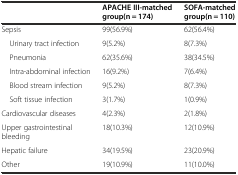
<table><thead><tr><td></td><td><b>APACHE III-matched</b></td><td><b>SOFA-matched</b></td></tr><tr><td></td><td><b>group (n = 174)</b></td><td><b>group (n = 110)</b></td></tr></thead><tbody><tr><td>Sepsis</td><td>99(56.9%)</td><td>62(56.4%)</td></tr><tr><td> Urinary tract infection</td><td>9(5.2%)</td><td>8(7.3%)</td></tr><tr><td> Pneumonia</td><td>62(35.6%)</td><td>38(34.5%)</td></tr><tr><td> Intra-abdominal infection</td><td>16(9.2%)</td><td>7(6.4%)</td></tr><tr><td> Blood stream infection</td><td>9(5.2%)</td><td>8(7.3%)</td></tr><tr><td> Soft tissue infection</td><td>3(1.7%)</td><td>1(0.9%)</td></tr><tr><td>Cardiovascular diseases</td><td>4(2.3%)</td><td>2(1.8%)</td></tr><tr><td>Upper gastrointestinal bleeding</td><td>18(10.3%)</td><td>12(10.9%)</td></tr><tr><td>Hepatic failure</td><td>34(19.5%)</td><td>23(20.9%)</td></tr><tr><td>Other</td><td>19(10.9%)</td><td>11(10.0%)</td></tr></tbody></table>